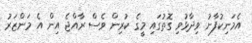
އެމަނިކުފާނު ވިދާޅުވި ގޮތުގައި މީގެ ކުރިން ވެސް ރާއްޖެ އިން އެ މަންޒަރު